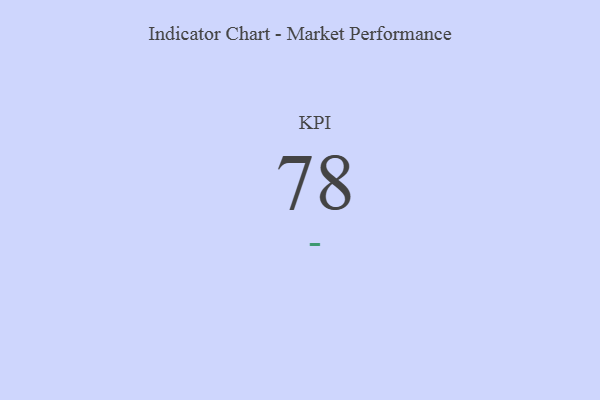
{"axis": {"x": "KPI", "y": "Value"}, "legend": [""], "data": [{"x": "KPI", "y": 78, "type": ""}]}